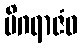
မိဂရာဇံဝ